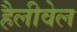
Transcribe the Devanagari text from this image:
हैलीवेल